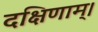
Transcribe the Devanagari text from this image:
दक्षिणाम्‌।